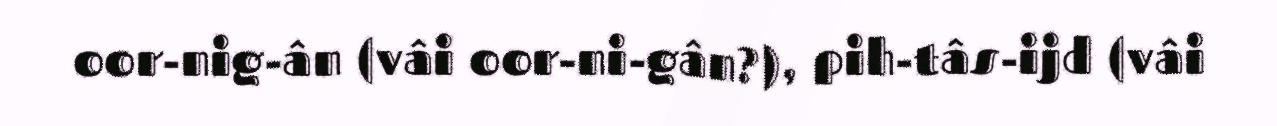
oor-nig-ân (vâi oor-ni-gân?), pih-tâs-ijd (vâi